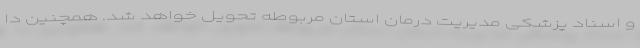
و اسناد پزشکی مدیریت درمان استان مربوطه تحویل خواهد شد. همچنین دا